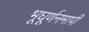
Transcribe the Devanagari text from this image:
भूघूर्णनमापी